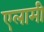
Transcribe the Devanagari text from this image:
एलामी